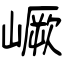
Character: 嶥